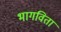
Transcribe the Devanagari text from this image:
भागविता